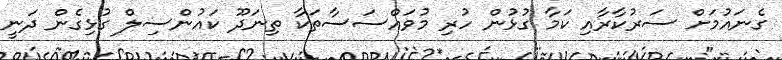
ގެނައުމަށް ސަރުކާރާއި ކަމާ ގުޅުން ހުރި މުވައްސަސާތަކާ ތިނަދޫ ކައުންސިލް ގުޅިގެން ދަނީ